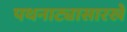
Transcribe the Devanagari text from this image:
पथनाट्यासारखे